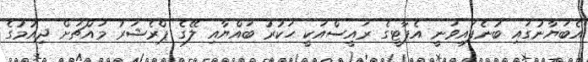
އެބަޔާނުގައި ބުނެފައިވަނީ އެޕާޓީގެ ރައީސްއަކީ ހަކުރު ބައްޔާއި ލޭގެ ޕްރެޝަރު މައްޗަށް ދިއުމުގެ